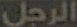
الرجل